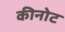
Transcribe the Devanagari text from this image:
कीनोट